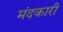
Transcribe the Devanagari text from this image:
मंदकारी